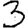
Digit: 3